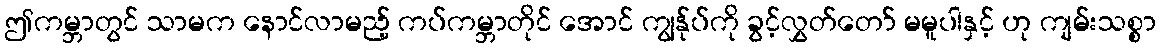
ဤကမ္ဘာတွင် သာမက နောင်လာမည့် ကပ်ကမ္ဘာတိုင် အောင် ကျွန်ုပ်ကို ခွင့်လွှတ်တော် မမူပါနှင့် ဟု ကျမ်းသစ္စာ